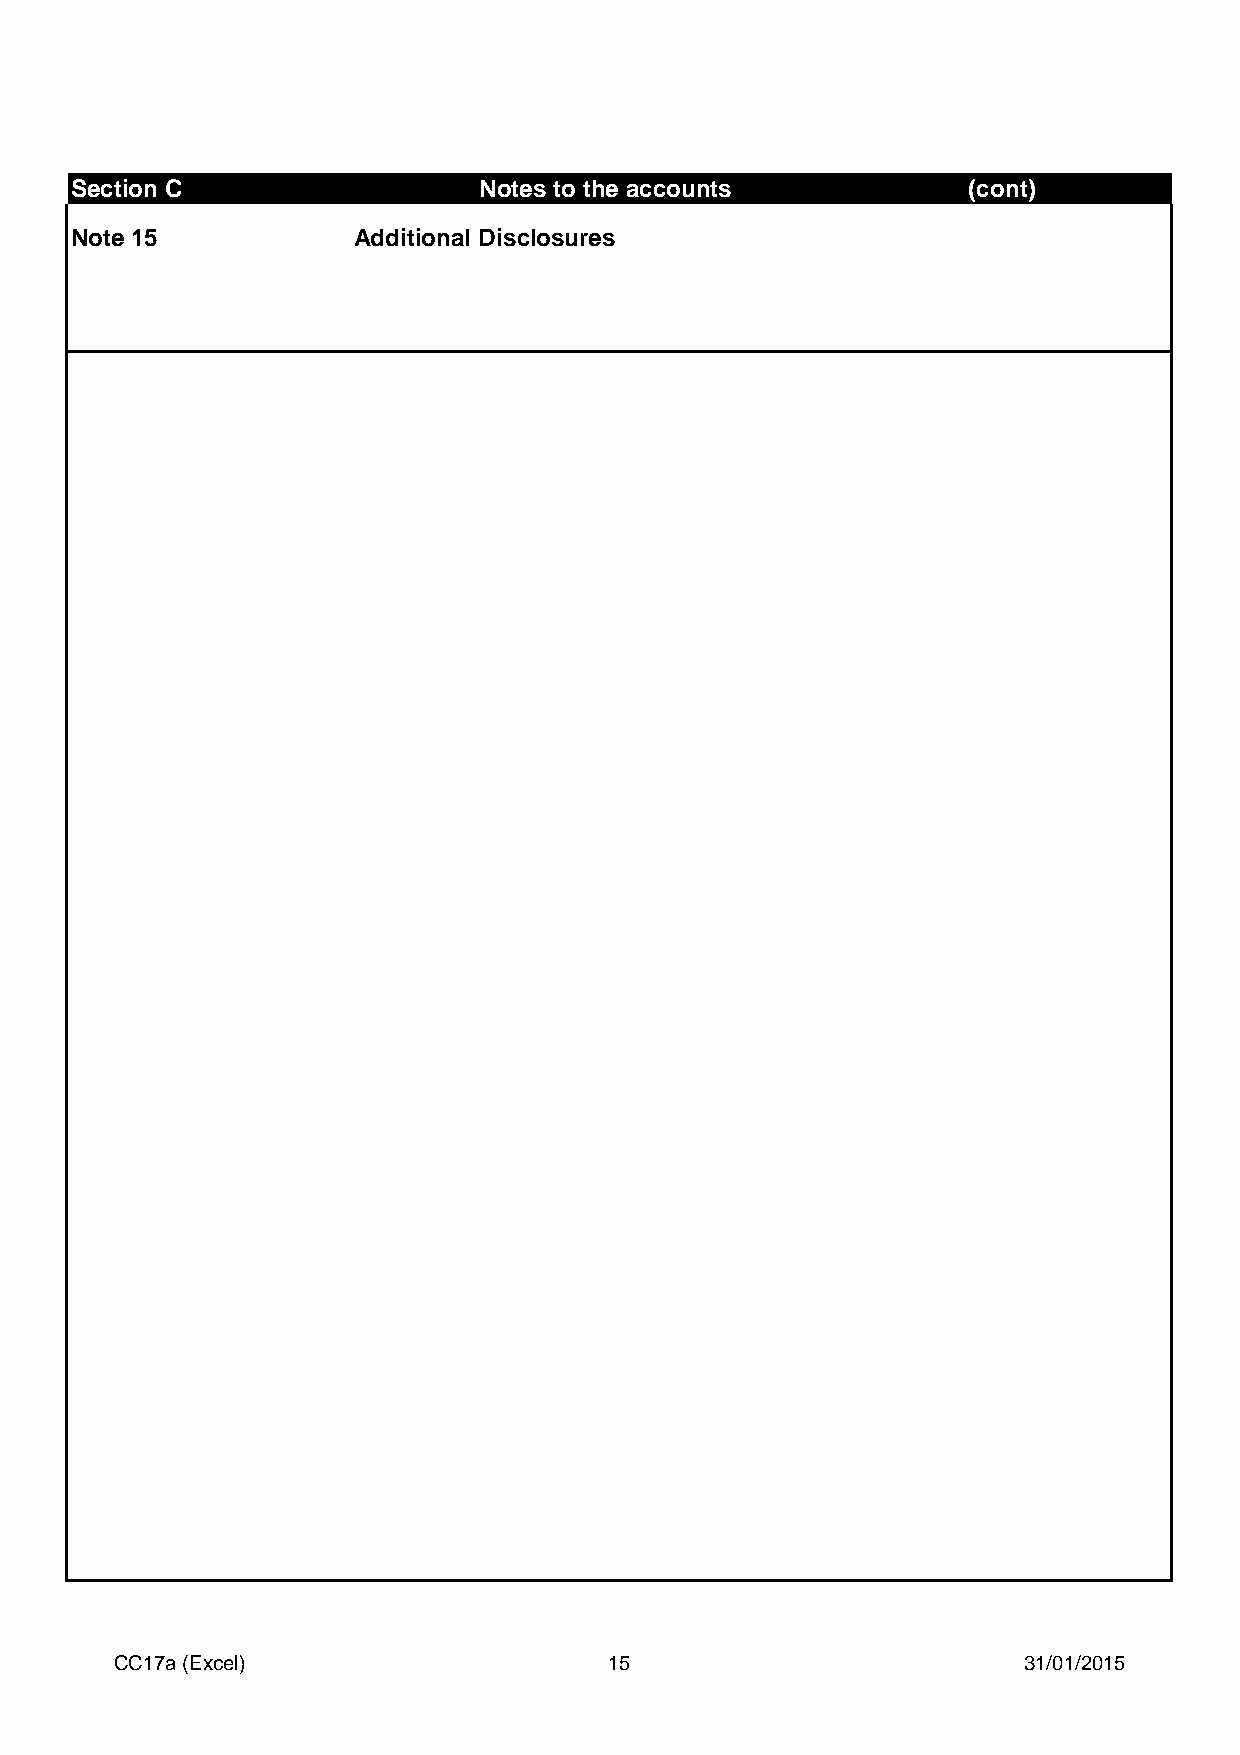
Section C                  Notes to the accounts           (cont)
 Note 15           Additional Disclosures
 CC17a (Excel)                   15                          31/01/2015